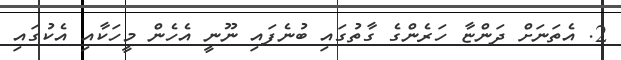
2. އެތަނަށް ދަންޏާ ހަރެންގެ ގާތުގައި ބުނެފައި ނޫނީ އެހެން މީހަކާއި އެކުގައި